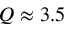
Q \approx 3 . 5